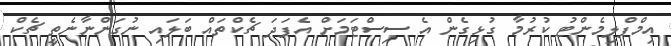
އިމްޕްލިމެންޓު ކުރުމާ ގުޅިގެން އެ ސިސްޓަމަށް އެފަދަ ޗެކްތައް ބަލައި ނުގަންނާނެތީ ޗެކް